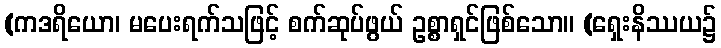
(ကဒရိယော၊ မပေးရက်သဖြင့် စက်ဆုပ်ဖွယ် ဥစ္စာရှင်ဖြစ်သော။ (ရှေးနိဿယ၌